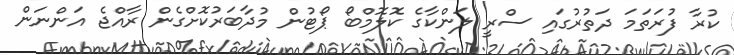
ކުރާ ފުރަތަމަ ދަތުރުގައި ސްރީ ލަންކާގެ ކޮލޮމްބޯ ޕޯޓުން މުދާބަރުކޮށްގެން ރާއްޖެ އަންނަން